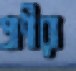
প্রাণীরা